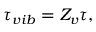
{ \tau _ { v i b } } = { Z _ { v } } \tau ,